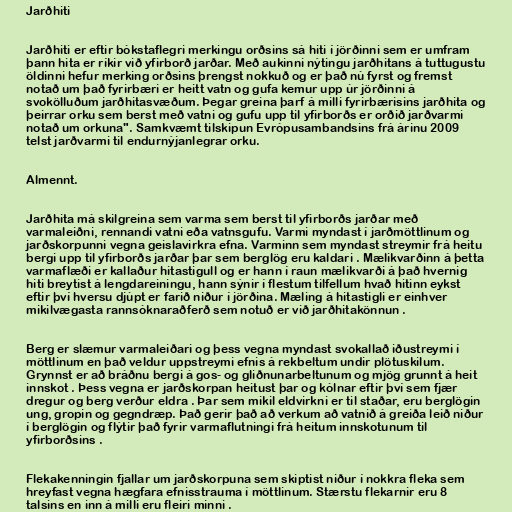
Jarðhiti

Jarðhiti er eftir bókstaflegri merkingu orðsins sá hiti í jörðinni sem er umfram
þann hita er ríkir við yfirborð jarðar. Með aukinni nýtingu jarðhitans á tuttugustu
öldinni hefur merking orðsins þrengst nokkuð og er það nú fyrst og fremst
notað um það fyrirbæri er heitt vatn og gufa kemur upp úr jörðinni á
svokölluðum jarðhitasvæðum. Þegar greina þarf á milli fyrirbærisins jarðhita og
þeirrar orku sem berst með vatni og gufu upp til yfirborðs er orðið jarðvarmi
notað um orkuna". Samkvæmt tilskipun Evrópusambandsins frá árinu 2009
telst jarðvarmi til endurnýjanlegrar orku.

Almennt.

Jarðhita má skilgreina sem varma sem berst til yfirborðs jarðar með
varmaleiðni, rennandi vatni eða vatnsgufu. Varmi myndast í jarðmöttlinum og
jarðskorpunni vegna geislavirkra efna. Varminn sem myndast streymir frá heitu
bergi upp til yfirborðs jarðar þar sem berglög eru kaldari . Mælikvarðinn á þetta
varmaflæði er kallaður hitastigull og er hann í raun mælikvarði á það hvernig
hiti breytist á lengdareiningu, hann sýnir í flestum tilfellum hvað hitinn eykst
eftir því hversu djúpt er farið niður í jörðina. Mæling á hitastigli er einhver
mikilvægasta rannsóknaraðferð sem notuð er við jarðhitakönnun .

Berg er slæmur varmaleiðari og þess vegna myndast svokallað iðustreymi í
möttlinum en það veldur uppstreymi efnis á rekbeltum undir plötuskilum.
Grynnst er að bráðnu bergi á gos- og gliðnunarbeltunum og mjög grunnt á heit
innskot . Þess vegna er jarðskorpan heitust þar og kólnar eftir því sem fjær
dregur og berg verður eldra . Þar sem mikil eldvirkni er til staðar, eru berglögin
ung, gropin og gegndræp. Það gerir það að verkum að vatnið á greiða leið niður
í berglögin og flýtir það fyrir varmaflutningi frá heitum innskotunum til
yfirborðsins .

Flekakenningin fjallar um jarðskorpuna sem skiptist niður í nokkra fleka sem
hreyfast vegna hægfara efnisstrauma í möttlinum. Stærstu flekarnir eru 8
talsins en inn á milli eru fleiri minni .